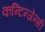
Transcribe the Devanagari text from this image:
कन्टिन्जेन्सी